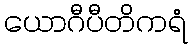
ယောဂီပီတိကရံ